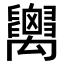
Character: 𥝋